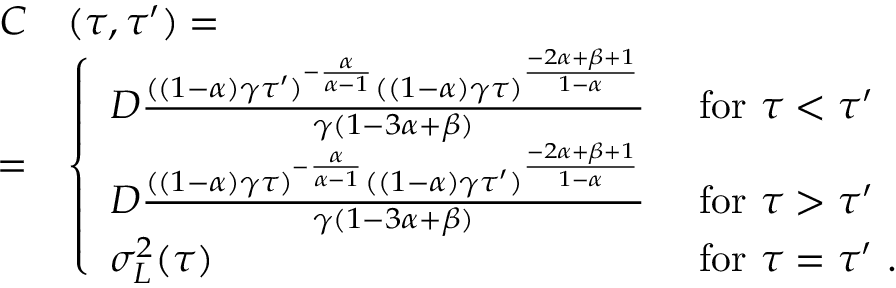
\begin{array} { r l } { C } & { ( \tau , \tau ^ { \prime } ) = } \\ { = } & { \left\{ \begin{array} { l l } { D \frac { ( ( 1 - \alpha ) \gamma \tau ^ { \prime } ) ^ { - \frac { \alpha } { \alpha - 1 } } ( ( 1 - \alpha ) \gamma \tau ) ^ { \frac { - 2 \alpha + \beta + 1 } { 1 - \alpha } } } { \gamma ( 1 - 3 \alpha + \beta ) } } & { \ \mathrm { f o r } \ \tau < \tau ^ { \prime } } \\ { D \frac { ( ( 1 - \alpha ) \gamma \tau ) ^ { - \frac { \alpha } { \alpha - 1 } } ( ( 1 - \alpha ) \gamma \tau ^ { \prime } ) ^ { \frac { - 2 \alpha + \beta + 1 } { 1 - \alpha } } } { \gamma ( 1 - 3 \alpha + \beta ) } } & { \ \mathrm { f o r } \ \tau > \tau ^ { \prime } } \\ { \sigma _ { L } ^ { 2 } ( \tau ) } & { \ \mathrm { f o r } \ \tau = \tau ^ { \prime } \ . } \end{array} \right. } \end{array}